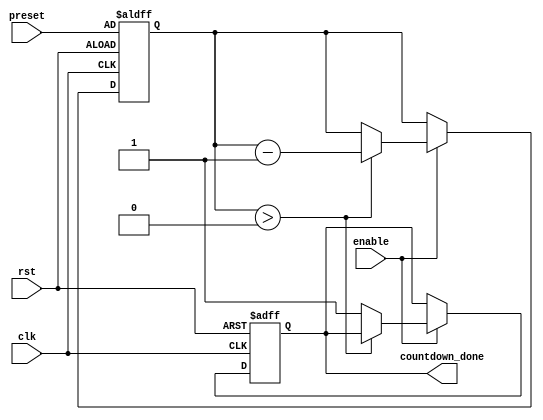
module CountdownTimer (
    input wire clk,
    input wire rst,
    input wire enable,
    input wire [31:0] preset,
    output reg countdown_done
);

reg [31:0] counter;

always @(posedge clk or posedge rst) begin
    if (rst) begin
        counter <= preset;
        countdown_done <= 0;
    end else if (enable) begin
        if (counter > 0) begin
            counter <= counter - 1;
        end else begin
            countdown_done <= 1;
        end
    end
end

endmodule